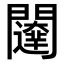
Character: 𮤨